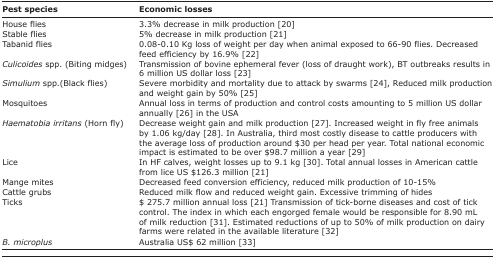
<table><thead><tr><td><b>Pest species</b></td><td><b>Economic losses</b></td></tr></thead><tbody><tr><td>House flies</td><td>3.3% decrease in milk production [20]</td></tr><tr><td>Stable flies</td><td>5% decrease in milk production [21]</td></tr><tr><td>Tabanid flies</td><td>0.08-0.10 Kg loss of weight per day when animal exposed to 66-90 flies. Decreased feed efficiency by 16.9% [22]</td></tr><tr><td><i>Culicoides</i> spp. (Biting midges)</td><td>Transmission of bovine ephemeral fever (loss of draught work), BT outbreaks results in 6 million US dollar loss [23]</td></tr><tr><td><i>Simulium</i> spp.(Black flies)</td><td>Severe morbidity and mortality due to attack by swarms [24], Reduced milk production and weight gain by 50% [25]</td></tr><tr><td>Mosquitoes</td><td>Annual loss in terms of production and control costs amounting to 5 million US dollar annually [26] in the USA</td></tr><tr><td><i>Haematobia irritans</i> (Horn fly)</td><td>Decrease weight gain and milk production [27]. Increased weight in fly free animals by 1.06 kg/day [28]. In Australia, third most costly disease to cattle producers with the average loss of production around $30 per head per year. Total national economic impact is estimated to be over $98.7 million a year [29]</td></tr><tr><td>Lice</td><td>In HF calves, weight losses up to 9.1 kg [30]. Total annual losses in American cattle from lice US $126.3 million [21]</td></tr><tr><td>Mange mites</td><td>Decreased feed conversion efficiency, reduced milk production of 10-15%</td></tr><tr><td>Cattle grubs</td><td>Reduced milk flow and reduced weight gain. Excessive trimming of hides</td></tr><tr><td>Ticks</td><td>$ 275.7 million annual loss [21] Transmission of tickborne diseases and cost of tick control. The index in which each engorged female would be responsible for 8.90 mL of milk reduction [31]. Estimated reductions of up to 50% of milk production on dairy farms were related in the available literature [32]</td></tr><tr><td><i>B. microplus</i></td><td>Australia US$ 62 million [33]</td></tr></tbody></table>